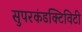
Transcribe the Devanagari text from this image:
सुपरकंडक्टिविटी